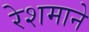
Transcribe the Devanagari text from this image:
रेशमाने